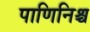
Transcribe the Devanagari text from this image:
पाणिनिश्च